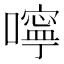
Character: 嚀